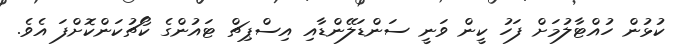
ކުޅުން ހުއްޓާލުމަށް ފަހު ކީން ވަނީ ސަންޑަލޭންޑާއި އިސްޕިޗް ޓައުންގެ ކޯޗުކަންކޮށްފަ އެވެ.